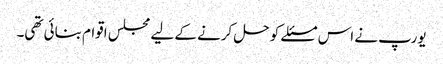
یورپ نے اس مسئلے کو حل کرنے کے لیے مجلس اقوام بنائی تھی۔